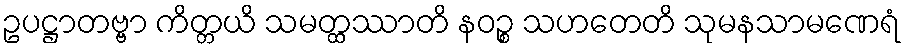
ဥပဋ္ဌာတဗ္ဗာ ကိတ္တယိ သမတ္ထဿာတိ နဝဉ္စ သဟတေတိ သုမနသာမဏေရံ